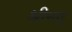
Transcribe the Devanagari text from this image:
श्रीमद्‌